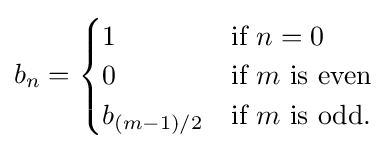
b_{n}={\begin{cases}1&{\text{if }}n=0\\0&{\text{if }}m{\text{ is even}}\\b_{(m-1)/2}&{\text{if }}m{\text{ is odd}}.\end{cases}}